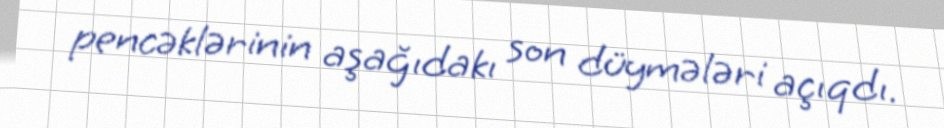
pencəklərinin aşağıdakı son düymələri açıqdı.